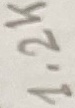
Text: 1.2K